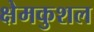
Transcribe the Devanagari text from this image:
क्षेमकुशल